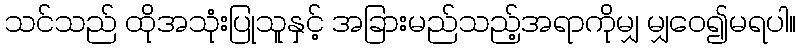
သင်သည် ထိုအသုံးပြုသူနှင့် အခြားမည်သည့်အရာကိုမျှ မျှဝေ၍မရပါ။